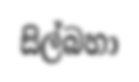
සිල්බහා